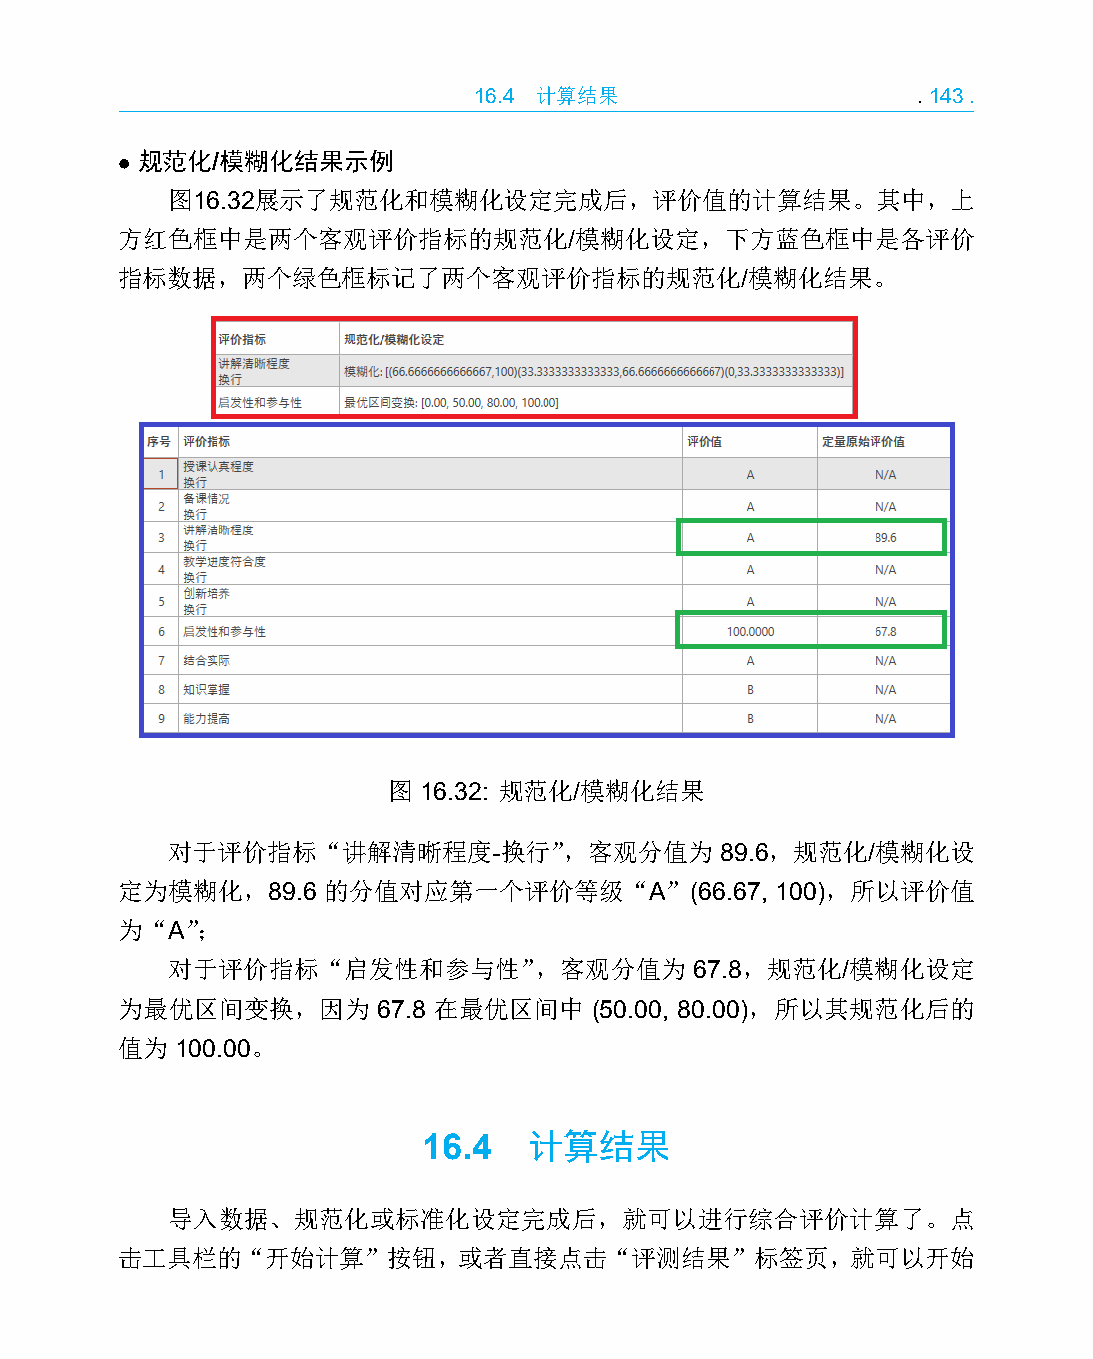
16.4 计算结果                     .143.
 • 规范化/模糊化结果示例
 图16.32展示了规范化和模糊化设定完成后，评价值的计算结果。其中，上
 方红色框中是两个客观评价指标的规范化/模糊化设定，下方蓝色框中是各评价
 指标数据，两个绿色框标记了两个客观评价指标的规范化/模糊化结果。
 图 16.32: 规范化/模糊化结果
 对于评价指标“讲解清晰程度-换行”，客观分值为              89.6，规范化/模糊化设
 定为模糊化，89.6   的分值对应第一个评价等级“A”(66.67,        100)，所以评价值
 为“A”；
 对于评价指标“启发性和参与性”，客观分值为              67.8，规范化/模糊化设定
 为最优区间变换，因为       67.8 在最优区间中   (50.00, 80.00)，所以其规范化后的
 值为  100.00。
 16.4   计算结果
 导入数据、规范化或标准化设定完成后，就可以进行综合评价计算了。点
 击工具栏的“开始计算”按钮，或者直接点击“评测结果”标签页，就可以开始